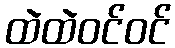
ထဲထဲဝင်ဝင်